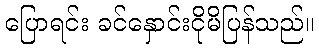
ပြောရင်း ခင်နှောင်းငိုမိပြန်သည်။